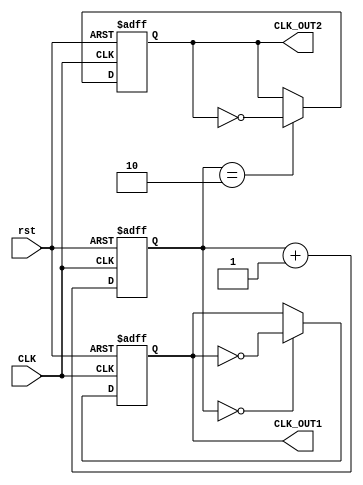
module dual_modulus_clock_divider(
    input CLK,
    input rst,
    output reg CLK_OUT1,
    output reg CLK_OUT2
);

reg [3:0] counter;

always @ (posedge CLK or posedge rst) begin
    if (rst) begin
        counter <= 4'b0000;
        CLK_OUT1 <= 1'b0;
        CLK_OUT2 <= 1'b0;
    end else begin
        if (counter == 4'b0000) begin
            CLK_OUT1 <= ~CLK_OUT1;
        end
        if (counter == 4'b0010) begin
            CLK_OUT2 <= ~CLK_OUT2;
        end
        counter <= counter + 1;
    end
end

endmodule